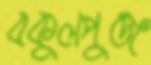
বকুলপুঞ্জ